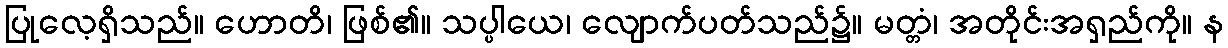
ပြုလေ့ရှိသည်။ ဟောတိ၊ ဖြစ်၏။ သပ္ပါယေ၊ လျောက်ပတ်သည်၌။ မတ္တံ၊ အတိုင်းအရှည်ကို။ န